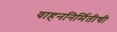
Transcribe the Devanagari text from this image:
वाहननिर्मितीची